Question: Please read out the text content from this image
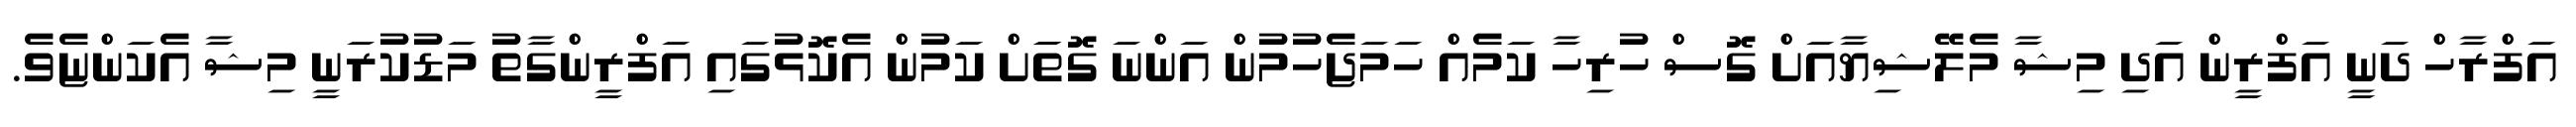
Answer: އަފްރާހް ދަނީ އަފްރީން އަދި މިޝާ މެލޭޝިޔާއަށް ގޮސް ހުރިހާ ކަމެއް ހަމަޖެހުމުން އަންނަ ގޮތަަށް ކަމުން އެކޮޅުގައި އަފްރީންގާތު މަޑުކުރަނީ މިޝާ އެކަންޏެވެ.